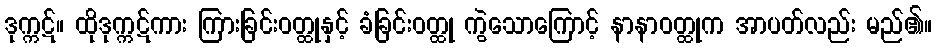
ဒုက္ကဋ်။ ထိုဒုက္ကဋ်ကား ကြားခြင်းဝတ္ထုနှင့် ခံခြင်းဝတ္ထု ကွဲသောကြောင့် နာနာဝတ္ထုက အာပတ်လည်း မည်၏။